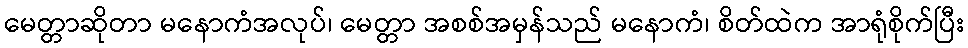
မေတ္တာဆိုတာ မနောကံအလုပ်၊ မေတ္တာ အစစ်အမှန်သည် မနောကံ၊ စိတ်ထဲက အာရုံစိုက်ပြီး